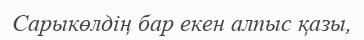
Сарыкөлдің бар екен алпыс қазы,